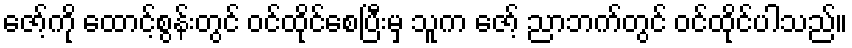
ဇော့်ကို ထောင့်စွန်းတွင် ဝင်ထိုင်စေပြီးမှ သူက ဇော့် ညာဘက်တွင် ဝင်ထိုင်ပါသည်။